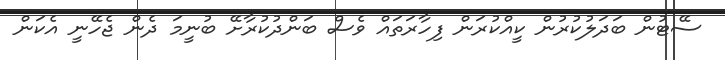
ސޭޓުން ބަދަލުކުރުން ކީއްކުރަން ފިހާރަތައް ވެސް ބަންދުކުރާށޭ ބުނީމަ ދެން ޖެހޭނީ އެކަން